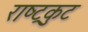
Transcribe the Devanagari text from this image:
राष्‍ट्रकुट